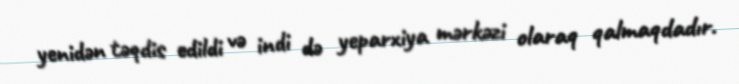
yenidən təqdis edildi və indi də yeparxiya mərkəzi olaraq qalmaqdadır.